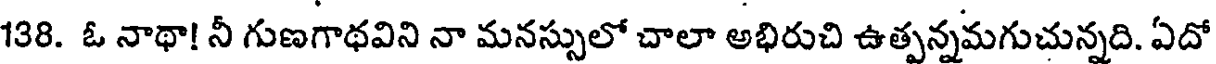
138. ఓ నాథా! నీ గుణగాథవిని నా మనస్సులో చాలా అభిరుచి ఉత్పన్నమగుచున్నది. ఏదో